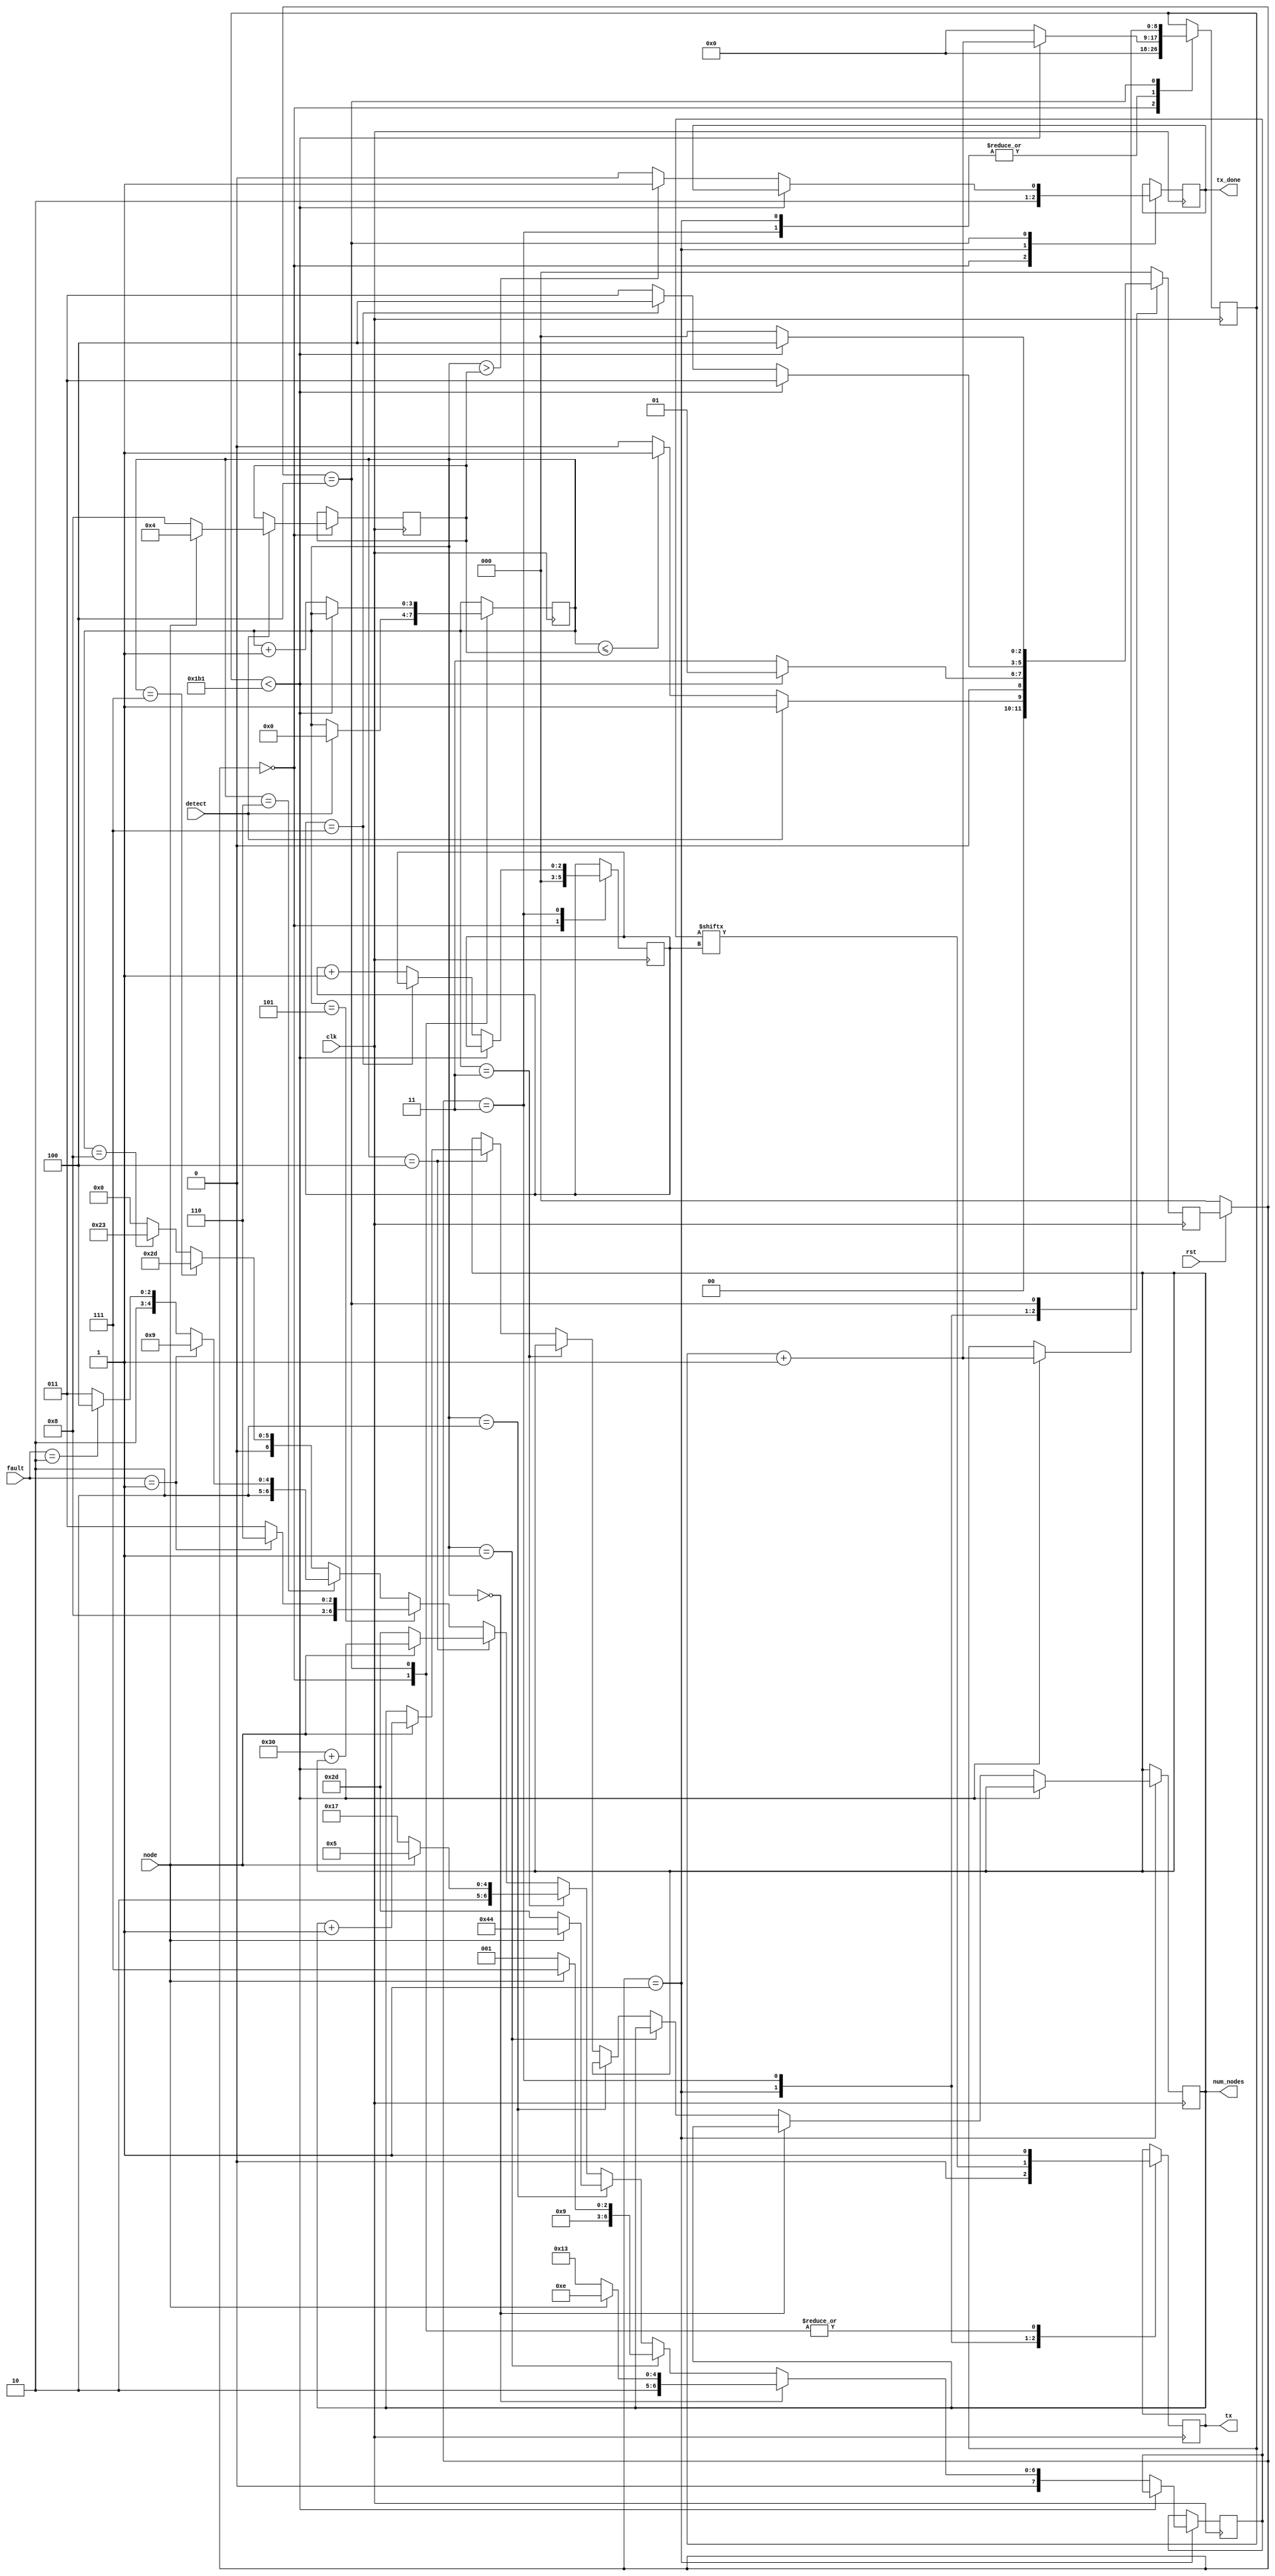
module Bluetooth_testing(
				input clk,
				input rst,
				input detect,
				input [2:0]fault,
				input node,
				output [5:0]num_nodes,
				output tx,
				output tx_done
);
	// input [7:0]TX_BYTE removed for now may be added later 
	// Time period 20ns freq = 50MHz
	parameter clks_per_bit = 434;
	parameter IDLE = 3'b000;
	parameter TX_START_BIT = 3'B001;
	parameter TX_DATA_BITS = 3'b011;
	parameter TX_STOP_BIT = 3'b100;
	parameter CLEANUP = 3'b101;
	
	parameter HASH = 8'b00100011;
	parameter DASH = 8'b00101101;
	parameter CHARS = 8'b01010011;
	parameter CHARI = 8'b01001001;
	parameter CHARF = 8'b01000110;
	parameter CHARC = 8'b01000011;
	parameter CHART = 8'b01010100;
	parameter CHARW = 8'b01010111;
	parameter CHARN = 8'b01001110;
	parameter CHARO = 8'b01001111;
	parameter CHARD = 8'b01000100;
	parameter CHARE = 8'b01000101;
	parameter ZERO = 8'b00110000;
	
	reg [3:0]next_limit=8;
	reg [3:0]next = 9;
	reg [2:0]r_state = IDLE;
	reg [8:0]r_clock_count = 0;
	reg [2:0]r_bit_index = 0;
	reg [7:0]r_data_bits = 0;
	reg r_TX_DONE = 1;
	reg [5:0]node_num = 1;
	reg r_TX_SERIAL = 1;
	
	
	always @(posedge clk)
	begin
		if(rst == 0)
		begin
			r_state = IDLE;
		end
		case(r_state)
			IDLE :
				begin
					r_clock_count <= 0;
					r_bit_index <= 0;
					r_TX_SERIAL <= 1'b1;
					r_TX_DONE <= 1'b1;
					if(detect == 1)
					begin
						r_state <= TX_START_BIT;
						next <= 0;
						if(node == 1)
							next_limit <= 4;
						else
							next_limit <= 8;
					end
					else if(next <= next_limit)
						r_state <= TX_START_BIT;
					else
						r_state <= IDLE;
				end
				
			TX_START_BIT :begin

					r_TX_SERIAL <= 0;
					r_TX_DONE <= 0;

					if(r_clock_count < clks_per_bit-1)begin
						r_clock_count <= r_clock_count + 1'b1;
						r_state <= TX_START_BIT;

					end else begin
						r_clock_count <= 0;
						r_state <= TX_DATA_BITS;
						if (next == 0)
							r_data_bits <= (node == 1)? CHARN: CHARS;
						else if (next == 1)
							r_data_bits <= (node == 1)? CHARO: CHARI;
						else if (next == 2)
							r_data_bits <= (node == 1)? CHARD: DASH;
						else if (next == 3)
							r_data_bits <= (node == 1)? CHARE: CHARW;
						else if (next == 4)
					    begin
							if(node == 1)begin
								r_data_bits = ZERO + node_num;
								node_num = node_num + 1;
							end else
								r_data_bits <= DASH;
						end
						else if (next == 5)
						begin
							if(fault == 1)
								r_data_bits <= CHARF;
							else if (fault == 2)
								r_data_bits <= CHARC;
							else
								r_data_bits <= CHARC;
						end
						else if (next == 6)
						begin
							if(fault == 1)
								r_data_bits <= CHARI;
							else if (fault == 2)
								r_data_bits <= CHART;
							else
								r_data_bits <= CHARS;
						end
						else if (next == 7)
							r_data_bits <= DASH;
						else if (next == 8)
							r_data_bits <= HASH;
						else
							r_data_bits <= 0;
					end
				end
				
			TX_DATA_BITS :
				begin
					r_TX_SERIAL <= r_data_bits[r_bit_index];
					
					if(r_clock_count < clks_per_bit-1)begin
						r_clock_count <= r_clock_count + 1'b1;
						r_state <= TX_DATA_BITS;
					end
					else begin
						if(r_bit_index == 7)
						begin
							r_clock_count <= 0;
							r_state <= TX_STOP_BIT;
						end
						else
						begin
							r_clock_count <= 0;
							r_state <= TX_DATA_BITS;
							r_bit_index <= r_bit_index + 1'b1;
						end
					end
				end
			
			TX_STOP_BIT :
				begin
					r_TX_SERIAL <= 1;
					if(r_clock_count < clks_per_bit-1)
					begin
						r_clock_count <= r_clock_count + 1'b1;
						r_state <= TX_STOP_BIT;
					end
					else
					begin
						r_state <= IDLE;
						next <= next + 1'b1;

						if(next > next_limit)
							r_TX_DONE <= 1;
						else
							r_TX_DONE <= 0;
					end
				end

				
			default :begin
					r_state <= IDLE;
			end
		endcase
	end
	
	assign num_nodes = node_num;
	assign tx = r_TX_SERIAL;
	assign tx_done = r_TX_DONE;
	
endmodule